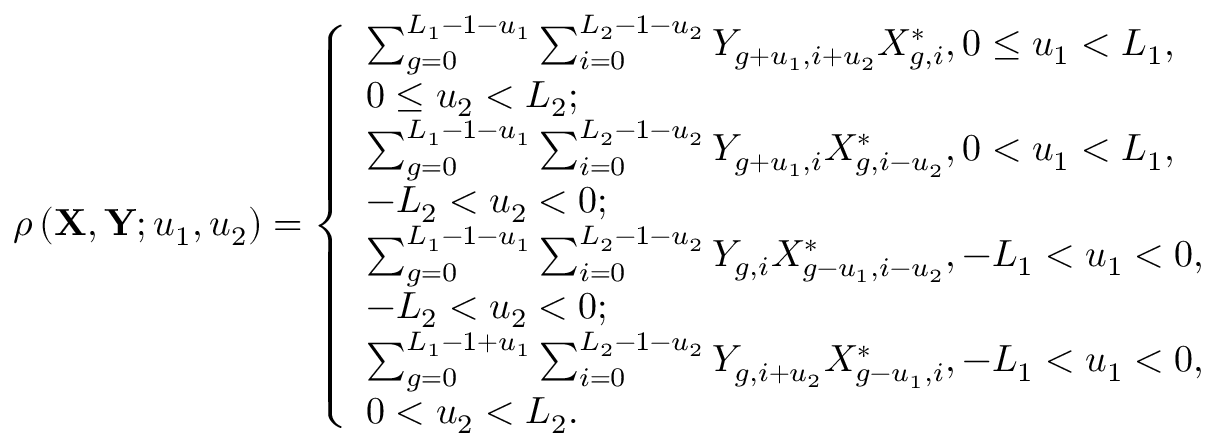
\begin{array} { r } { \rho \left( { { \mathbf { X } } , { \mathbf { Y } } ; { u _ { 1 } } , { u _ { 2 } } } \right) = \left\{ \begin{array} { l l } { \sum _ { g = 0 } ^ { { L _ { 1 } } - 1 - { u _ { 1 } } } { \sum _ { i = 0 } ^ { { L _ { 2 } } - 1 - { u _ { 2 } } } { { Y _ { g + { u _ { 1 } } , i + { u _ { 2 } } } } { X _ { g , i } ^ { * } } } } , 0 \leq { u _ { 1 } } < { L _ { 1 } } , } \\ { 0 \leq { u _ { 2 } } < { L _ { 2 } } ; } \\ { \sum _ { g = 0 } ^ { { L _ { 1 } } - 1 - { u _ { 1 } } } { \sum _ { i = 0 } ^ { { L _ { 2 } } - 1 - { u _ { 2 } } } { { Y _ { g + { u _ { 1 } } , i } } { X _ { g , i - { u _ { 2 } } } ^ { * } } } } , 0 < { u _ { 1 } } < { L _ { 1 } } , } \\ { - { L _ { 2 } } < { u _ { 2 } } < 0 ; } \\ { \sum _ { g = 0 } ^ { { L _ { 1 } } - 1 - { u _ { 1 } } } { \sum _ { i = 0 } ^ { { L _ { 2 } } - 1 - { u _ { 2 } } } { { Y _ { g , i } } { X _ { g - u _ { 1 } , i - { u _ { 2 } } } ^ { * } } } } , - { L _ { 1 } } < { u _ { 1 } } < 0 , } \\ { - { L _ { 2 } } < { u _ { 2 } } < 0 ; } \\ { \sum _ { g = 0 } ^ { { L _ { 1 } } - 1 + { u _ { 1 } } } { \sum _ { i = 0 } ^ { { L _ { 2 } } - 1 - { u _ { 2 } } } { { Y _ { g , i + { u _ { 2 } } } } { X _ { g - { u _ { 1 } } , i } ^ { * } } } } , - { L _ { 1 } } < { u _ { 1 } } < 0 , } \\ { 0 < { u _ { 2 } } < { L _ { 2 } } . } \end{array} \right. } \end{array}